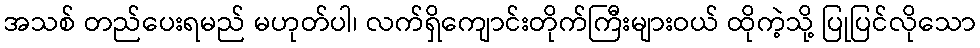
အသစ် တည်ပေးရမည် မဟုတ်ပါ၊ လက်ရှိကျောင်းတိုက်ကြီးများဝယ် ထိုကဲ့သို့ ပြုပြင်လိုသော